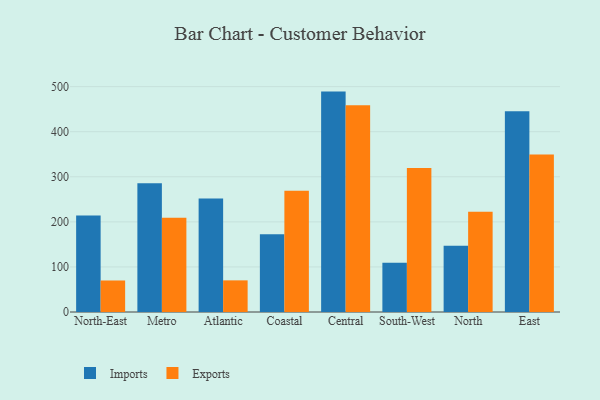
{"axis": {"x": "Region", "y": "Gross Profit (USD K)"}, "legend": ["Exports", "Imports"], "data": [{"x": "North-East", "y": 214.3, "type": "Imports"}, {"x": "North-East", "y": 69.9, "type": "Exports"}, {"x": "Metro", "y": 285.8, "type": "Imports"}, {"x": "Metro", "y": 208.9, "type": "Exports"}, {"x": "Atlantic", "y": 251.6, "type": "Imports"}, {"x": "Atlantic", "y": 70.2, "type": "Exports"}, {"x": "Coastal", "y": 172.6, "type": "Imports"}, {"x": "Coastal", "y": 269.1, "type": "Exports"}, {"x": "Central", "y": 489.0, "type": "Imports"}, {"x": "Central", "y": 458.9, "type": "Exports"}, {"x": "South-West", "y": 109.0, "type": "Imports"}, {"x": "South-West", "y": 319.5, "type": "Exports"}, {"x": "North", "y": 147.0, "type": "Imports"}, {"x": "North", "y": 222.4, "type": "Exports"}, {"x": "East", "y": 445.3, "type": "Imports"}, {"x": "East", "y": 349.4, "type": "Exports"}]}